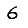
Digit: 6